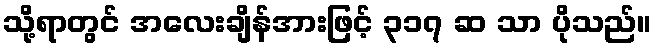
သို့ရာတွင် အလေးချိန်အားဖြင့် ၃၁၇ ဆ သာ ပိုသည်။